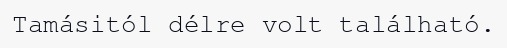
Tamásitól délre volt található.